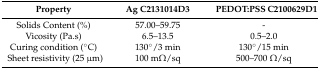
| Property | Ag C2131014D3 | PEDOT:PSS C2100629D1 |
 | --- | --- | --- |
 | Solids Content (%) | 57.00–59.75 | - |
 | Vicosity (Pa.s) | 6.5–13.5 | 0.5–2.0 |
 | Curing condition (°C) | 130°/3 min | 130°/15 min |
 | Sheet resistivity (25 μm) | 100 mΩ/sq | 500–700 Ω/sq |